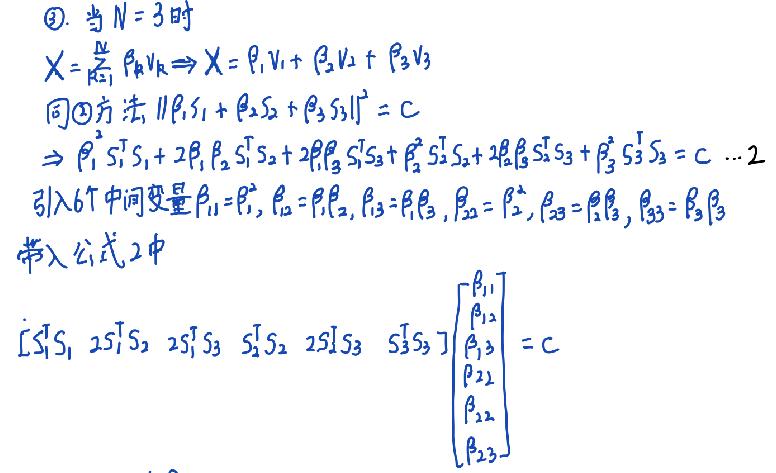
$\textcircled{2}$. 当$N = 3$时
$X=\sum_{k = 1}^{N}\beta_{k}v_{k}\Rightarrow X=\beta_{1}v_{1}+\beta_{2}v_{2}+\beta_{3}v_{3}$
同$\textcircled{2}$方法，$\left\|\beta_{1}s_{1}+\beta_{2}s_{2}+\beta_{3}s_{3}\right\|^{2}=C$
$\Rightarrow\beta_{1}^{2}s_{1}^{T}s_{1}+2\beta_{1}\beta_{2}s_{1}^{T}s_{2}+2\beta_{1}\beta_{3}s_{1}^{T}s_{3}+\beta_{2}^{2}s_{2}^{T}s_{2}+2\beta_{2}\beta_{3}s_{2}^{T}s_{3}+\beta_{3}^{2}s_{3}^{T}s_{3}=C\ \cdots2$
引入6个中间变量$\beta_{11}=\beta_{1}^{2},\beta_{12}=\beta_{1}\beta_{2},\beta_{13}=\beta_{1}\beta_{3},\beta_{22}=\beta_{2}^{2},\beta_{23}=\beta_{2}\beta_{3},\beta_{33}=\beta_{3}^{2}$
带入公式2中
$\left[s_{1}^{T}s_{1}\ 2s_{1}^{T}s_{2}\ 2s_{1}^{T}s_{3}\ s_{2}^{T}s_{2}\ 2s_{2}^{T}s_{3}\ s_{3}^{T}s_{3}\right]\begin{bmatrix}\beta_{11}\\\beta_{12}\\\beta_{13}\\\beta_{22}\\\beta_{23}\\\beta_{33}\end{bmatrix}=C$